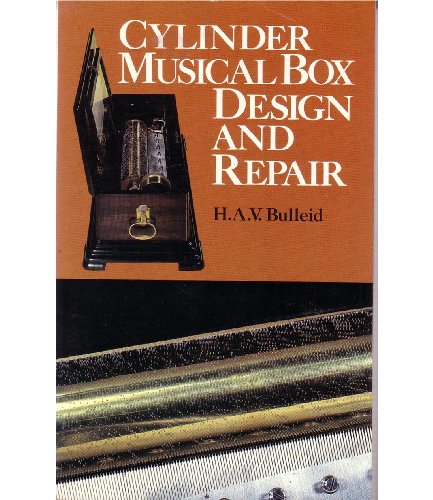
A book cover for Cylinder Musical Box Design and Repair; H. A.V. Bulleid; Crafts, Hobbies & Home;